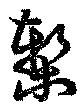
槧